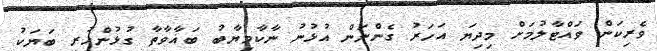
ވެރިކަން ވައްޓާލުމަށް މިދިޔަ އަހަރު ގެންނަން އުޅުނު ނާކާމިޔާބު ބަޣާވާތާ ގުޅުންހުރި ބަޔަކު